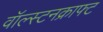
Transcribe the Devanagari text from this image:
वॉल्स्टनक्राफ्ट